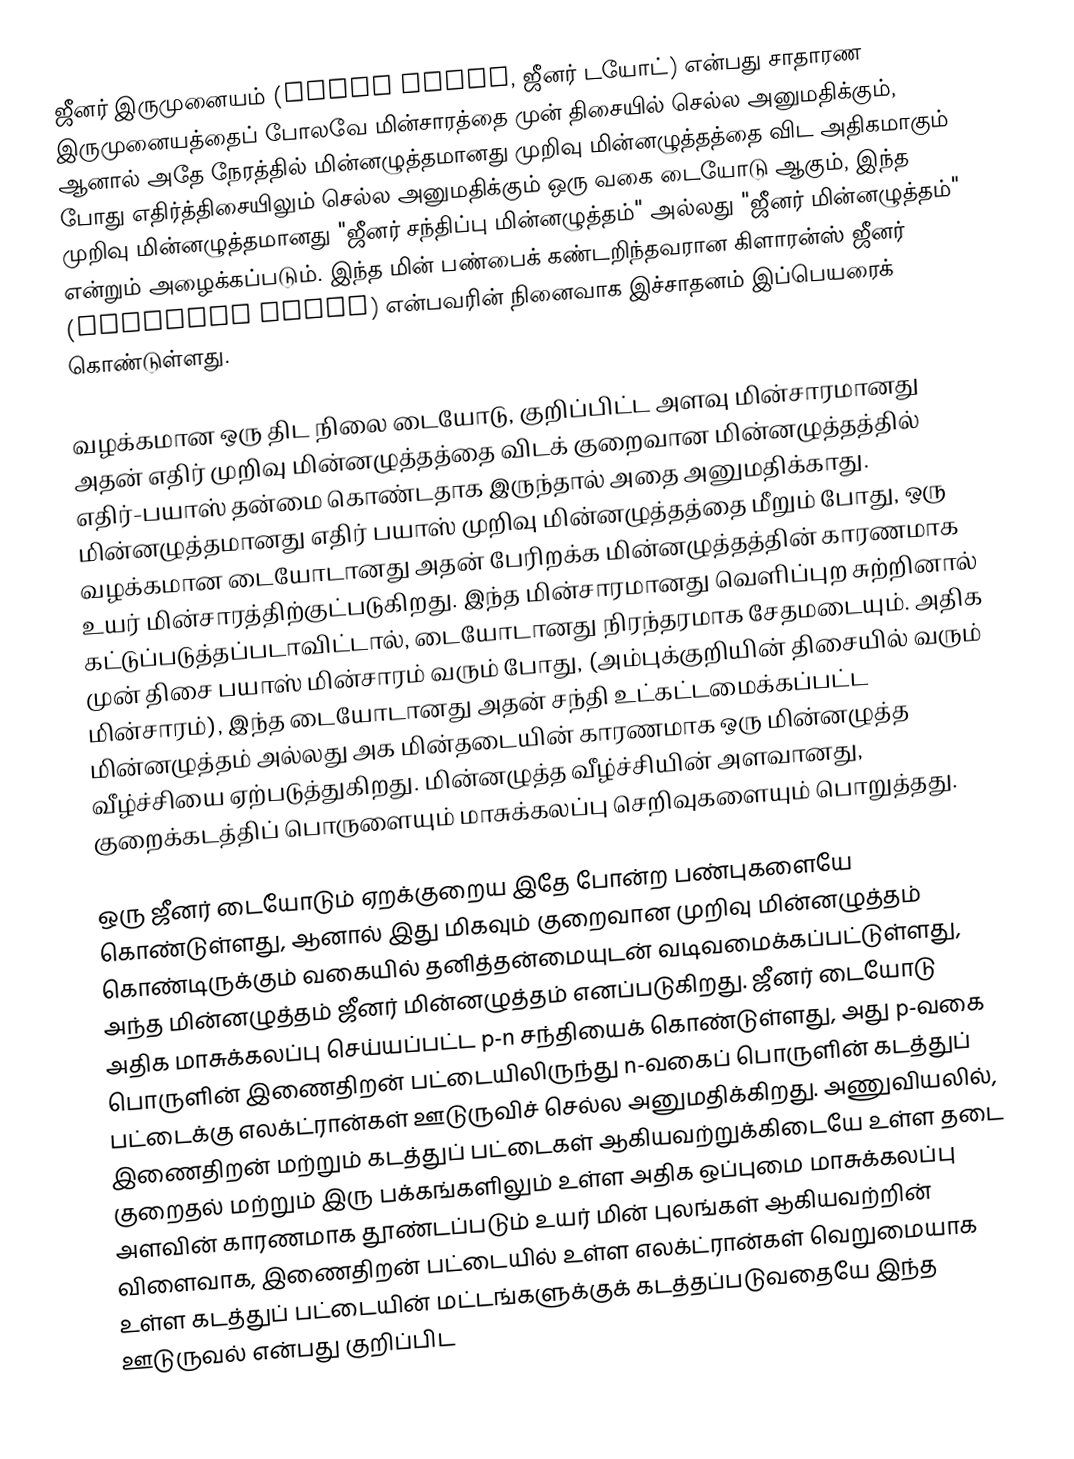
ஜீனர் இருமுனையம் (Zener diode, ஜீனர் டயோட்) என்பது சாதாரண இருமுனையத்தைப் போலவே மின்சாரத்தை முன் திசையில் செல்ல அனுமதிக்கும், ஆனால் அதே நேரத்தில் மின்னழுத்தமானது முறிவு மின்னழுத்தத்தை விட அதிகமாகும் போது எதிர்த்திசையிலும் செல்ல அனுமதிக்கும் ஒரு வகை டையோடு ஆகும், இந்த முறிவு மின்னழுத்தமானது "ஜீனர் சந்திப்பு மின்னழுத்தம்" அல்லது "ஜீனர் மின்னழுத்தம்" என்றும் அழைக்கப்படும். இந்த மின் பண்பைக் கண்டறிந்தவரான கிளாரன்ஸ் ஜீனர் (Clarence Zener) என்பவரின் நினைவாக இச்சாதனம் இப்பெயரைக் கொண்டுள்ளது.

வழக்கமான ஒரு திட நிலை டையோடு, குறிப்பிட்ட அளவு மின்சாரமானது அதன் எதிர் முறிவு மின்னழுத்தத்தை விடக் குறைவான மின்னழுத்தத்தில் எதிர்-பயாஸ் தன்மை கொண்டதாக இருந்தால் அதை அனுமதிக்காது. மின்னழுத்தமானது எதிர் பயாஸ் முறிவு மின்னழுத்தத்தை மீறும் போது, ஒரு வழக்கமான டையோடானது அதன் பேரிறக்க மின்னழுத்தத்தின் காரணமாக உயர் மின்சாரத்திற்குட்படுகிறது. இந்த மின்சாரமானது வெளிப்புற சுற்றினால் கட்டுப்படுத்தப்படாவிட்டால், டையோடானது நிரந்தரமாக சேதமடையும். அதிக முன் திசை பயாஸ் மின்சாரம் வரும் போது, (அம்புக்குறியின் திசையில் வரும் மின்சாரம்), இந்த டையோடானது அதன் சந்தி உட்கட்டமைக்கப்பட்ட மின்னழுத்தம் அல்லது அக மின்தடையின் காரணமாக ஒரு மின்னழுத்த வீழ்ச்சியை ஏற்படுத்துகிறது. மின்னழுத்த வீழ்ச்சியின் அளவானது, குறைக்கடத்திப் பொருளையும் மாசுக்கலப்பு செறிவுகளையும் பொறுத்தது.

ஒரு ஜீனர் டையோடும் ஏறக்குறைய இதே போன்ற பண்புகளையே கொண்டுள்ளது, ஆனால் இது மிகவும் குறைவான முறிவு மின்னழுத்தம் கொண்டிருக்கும் வகையில் தனித்தன்மையுடன் வடிவமைக்கப்பட்டுள்ளது, அந்த மின்னழுத்தம் ஜீனர் மின்னழுத்தம் எனப்படுகிறது. ஜீனர் டையோடு அதிக மாசுக்கலப்பு செய்யப்பட்ட p-n சந்தியைக் கொண்டுள்ளது, அது p-வகை பொருளின் இணைதிறன் பட்டையிலிருந்து n-வகைப் பொருளின் கடத்துப் பட்டைக்கு எலக்ட்ரான்கள் ஊடுருவிச் செல்ல அனுமதிக்கிறது. அணுவியலில், இணைதிறன் மற்றும் கடத்துப் பட்டைகள் ஆகியவற்றுக்கிடையே உள்ள தடை குறைதல் மற்றும் இரு பக்கங்களிலும் உள்ள அதிக ஒப்புமை மாசுக்கலப்பு அளவின் காரணமாக தூண்டப்படும் உயர் மின் புலங்கள் ஆகியவற்றின் விளைவாக, இணைதிறன் பட்டையில் உள்ள எலக்ட்ரான்கள் வெறுமையாக உள்ள கடத்துப் பட்டையின் மட்டங்களுக்குக் கடத்தப்படுவதையே இந்த ஊடுருவல் என்பது குறிப்பிட